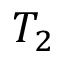
T _ { 2 }